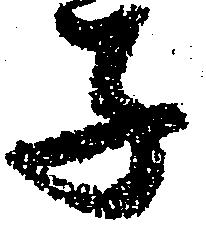
子